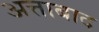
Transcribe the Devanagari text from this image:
अत्ताबाद